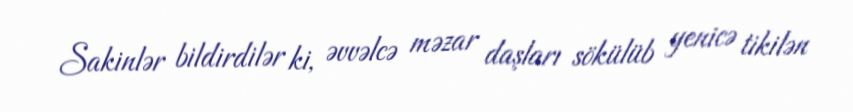
Sakinlər bildirdilər ki, əvvəlcə məzar daşları sökülüb yenicə tikilən